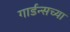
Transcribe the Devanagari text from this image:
गार्डन्सच्या